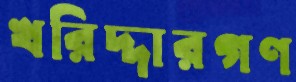
খরিদ্দারগণ